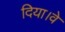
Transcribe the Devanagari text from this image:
दिया।वे